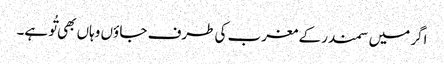
اگر میں سمندر کے مغرب کی طرف جا ؤں وہاں بھی تُو ہے۔